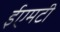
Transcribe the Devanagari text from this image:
ईएमटी